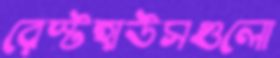
রেস্টহাউসগুলো